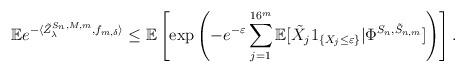
LaTeX: \begin{align*}\mathbb{E}e^{-\langle\tilde{Z}_{\lambda}^{S_{n},M,m},f_{m,\delta}\rangle}\leq\mathbb{E}\left[\exp\left(-e^{-\varepsilon}\sum_{j=1}^{16^{m}}\mathbb{E}[\tilde{X}_{j}1_{\{X_{j}\leq\varepsilon\}}|\Phi^{S_{n},\tilde{S}_{n,m}}]\right)\right].\end{align*}